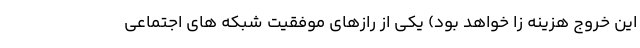
این خروج هزینه زا خواهد بود) یکی از رازهای موفقیت شبکه های اجتماعی